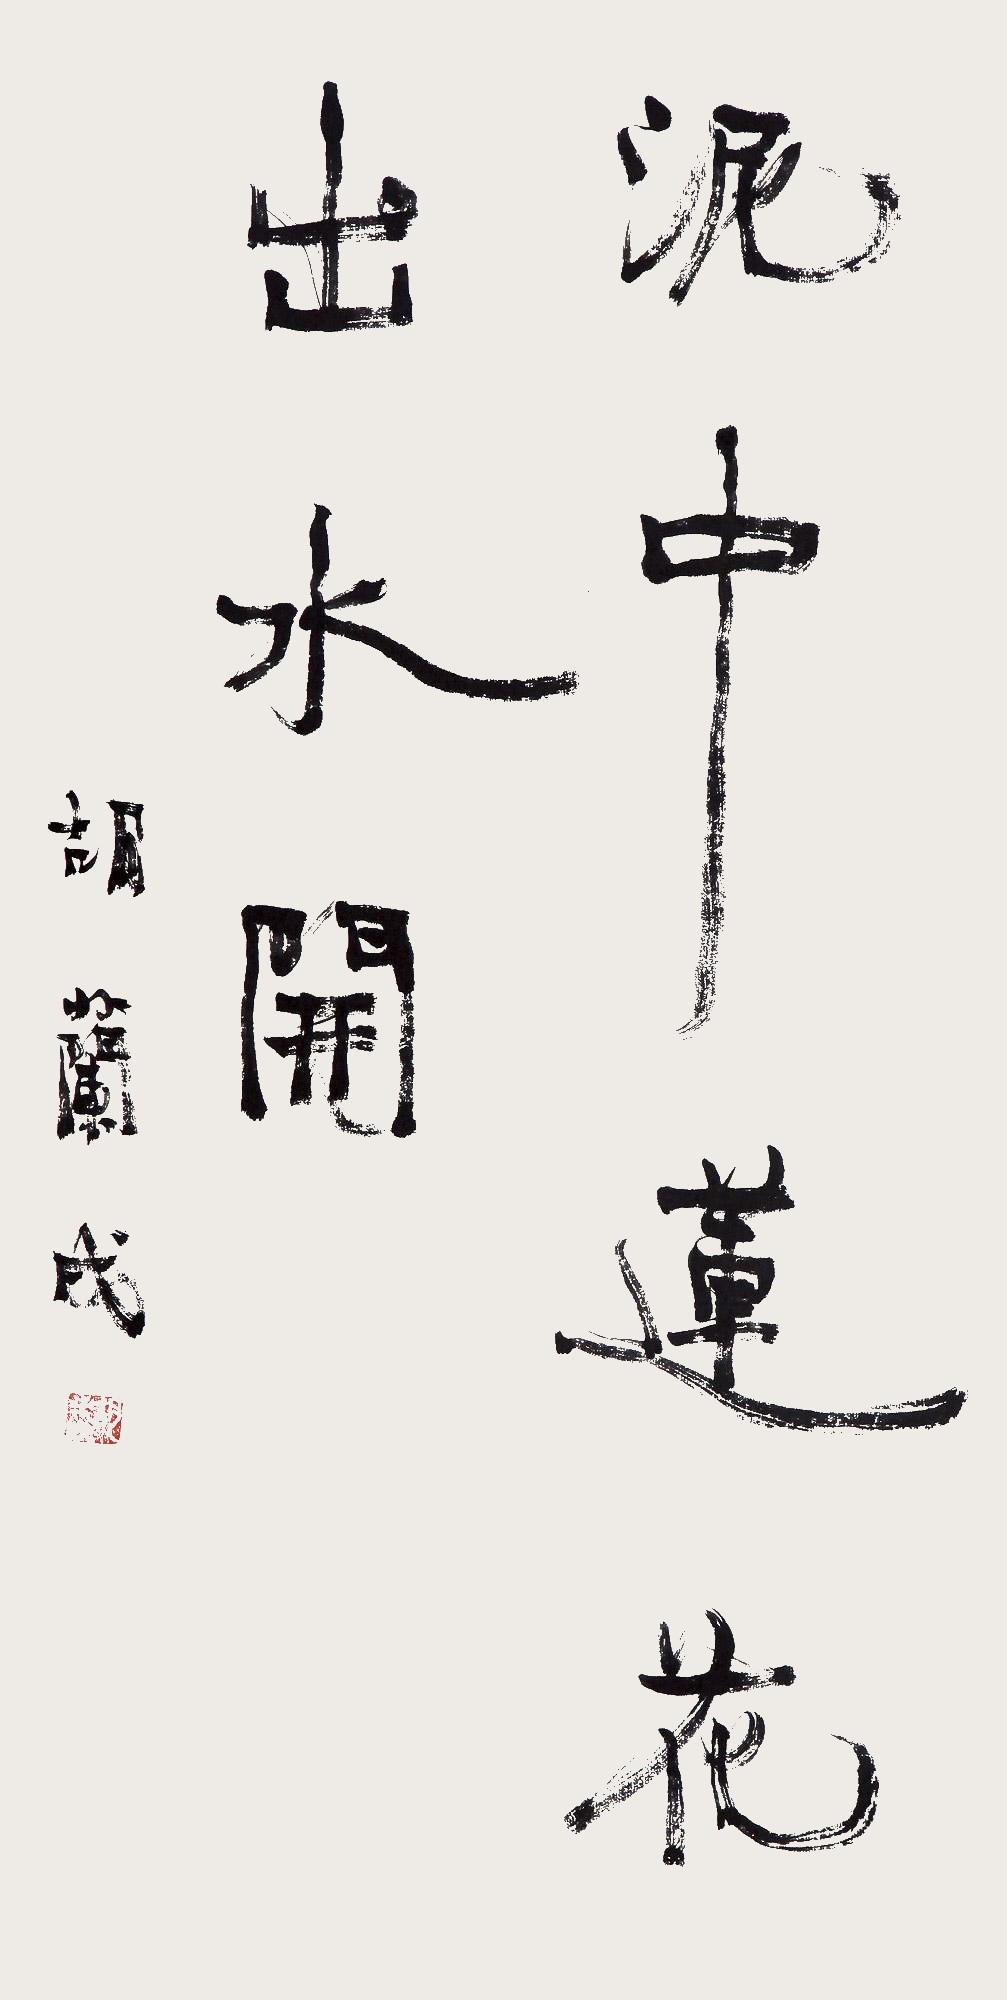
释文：泥中莲花出水开。胡兰成。